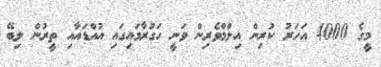
މީގެ 4000 އަހަރު ކުރިން އިލްމްވެރިން ވަނީ ހަގުރާމައިގައި އުއްޑައާއި ތީރުން ލިބޭ